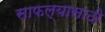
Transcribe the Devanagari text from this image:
साफल्यासाठी